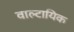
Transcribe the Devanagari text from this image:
वाल्टायिक